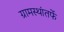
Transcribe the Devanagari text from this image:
ग्रामस्थांतर्फे